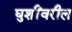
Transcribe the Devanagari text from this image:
घुशींवरील